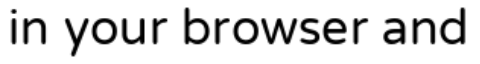
in your browser and